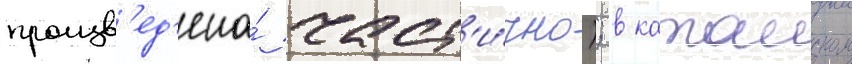
произв'ед'ена́ част'и́чно); в катаиском